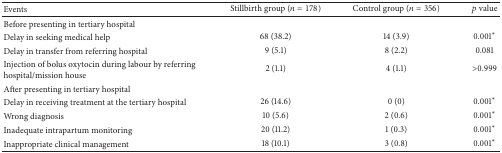
<table><thead><tr><td><b>Events</b></td><td><b>Stillbirth group (<i>n</i> = 178)</b></td><td><b>Control group (<i>n</i> = 356)</b></td><td><b><i>p</i> value</b></td></tr></thead><tbody><tr><td>Before presenting in tertiary hospital</td><td> </td><td> </td><td> </td></tr><tr><td>Delay in seeking medical help</td><td>68 (38.2)</td><td>14 (3.9)</td><td>0.001<sup><i>∗</i></sup></td></tr><tr><td>Delay in transfer from referring hospital</td><td>9 (5.1)</td><td>8 (2.2)</td><td>0.081</td></tr><tr><td>Injection of bolus oxytocin during labour by referring hospital/mission house</td><td>2 (1.1)</td><td>4 (1.1)</td><td>&gt;0.999</td></tr><tr><td>After presenting in tertiary hospital</td><td> </td><td> </td><td> </td></tr><tr><td>Delay in receiving treatment at the tertiary hospital</td><td>26 (14.6)</td><td>0 (0)</td><td>0.001<sup><i>∗</i></sup></td></tr><tr><td>Wrong diagnosis</td><td>10 (5.6)</td><td>2 (0.6)</td><td>0.001<sup><i>∗</i></sup></td></tr><tr><td>Inadequate intrapartum monitoring</td><td>20 (11.2)</td><td>1 (0.3)</td><td>0.001<sup><i>∗</i></sup></td></tr><tr><td>Inappropriate clinical management</td><td>18 (10.1)</td><td>3 (0.8)</td><td>0.001<sup><i>∗</i></sup></td></tr></tbody></table>